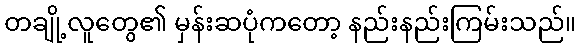
တချို့လူတွေ၏ မှန်းဆပုံကတော့ နည်းနည်းကြမ်းသည်။